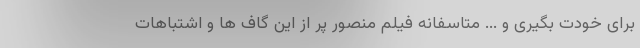
برای خودت بگیری و ... متاسفانه فیلم منصور پر از این گاف ها و اشتباهات